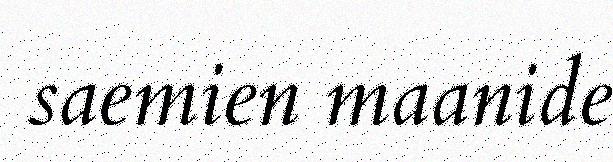
saemien maanide